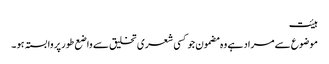
ہیئت
موضوع سے مراد ہے وہ مضمون جو کسی شعری تخلیق سے واضع طور پر وابستہ ہو ۔